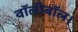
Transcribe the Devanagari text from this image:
वॉलीबॉल।